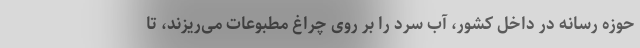
حوزه رسانه در داخل کشور، آب سرد را بر روی چراغ مطبوعات می‌ریزند، تا